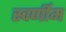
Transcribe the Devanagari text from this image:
स्वर्णीम